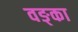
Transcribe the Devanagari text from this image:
वङ्का